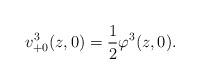
LaTeX: \begin{align*} v^3_{+0}(z, 0) = \frac{1}{2} \varphi^3(z, 0).\end{align*}